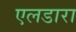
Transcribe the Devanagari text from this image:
एलडारा